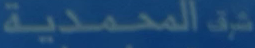
شَكْرِ المُح